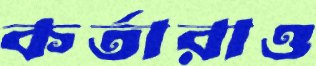
কর্তারাও